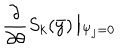
\frac { \partial } { \partial \theta } S _ { k } ( \bar { y } ) \left| _ { \Psi _ { j } = 0 } \right.